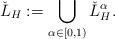
LaTeX: \begin{align*}\check{L}_H:=\bigcup\limits_{\alpha \in [0,1)}\check{L}_H^{\alpha}.\end{align*}